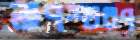
তপশ্চরণ